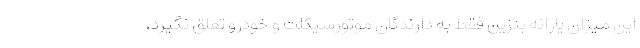
این میزان یارانه بنزین فقط به دارندگان موتورسیکلت و خودرو تعلق نگیرد،